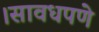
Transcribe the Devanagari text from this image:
।सावधपणे